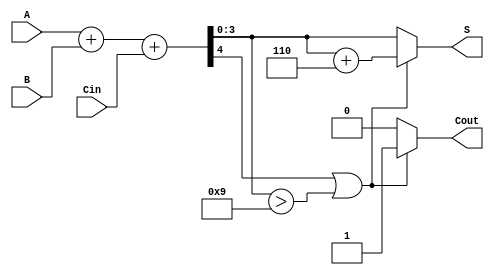
module BCD_Parallel_Adder (
    input  wire [3:0] A,      // 4-bit BCD input A
    input  wire [3:0] B,      // 4-bit BCD input B
    input  wire Cin,          // Carry input
    output reg  [3:0] S,      // 4-bit BCD output sum
    output reg  Cout          // Carry output
);

    wire [4:0] Sum;           // 5-bit sum to accommodate carry
    wire correction_needed;    // Flag to indicate if correction is needed

    // Binary addition of A, B, and Cin
    assign Sum = A + B + Cin;

    // Determine if correction is needed
    assign correction_needed = (Sum[4] == 1) || (Sum[3:0] > 4'b1001);

    // BCD correction logic
    always @(*) begin
        if (correction_needed) begin
            S = Sum[3:0] + 4'b0110; // Add 6 (0110) for BCD correction
            Cout = 1;               // Set carry out
        end else begin
            S = Sum[3:0];           // No correction needed
            Cout = 0;               // No carry out
        end
    end

endmodule